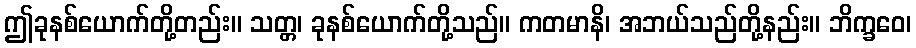
ဤခုနစ်ယောက်တို့တည်း။ သတ္တ၊ ခုနစ်ယောက်တို့သည်။ ကတမာနိ၊ အဘယ်သည်တို့နည်း။ ဘိက္ခဝေ၊